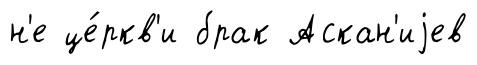
н'е це́ркв'и брак Аскан'иjев